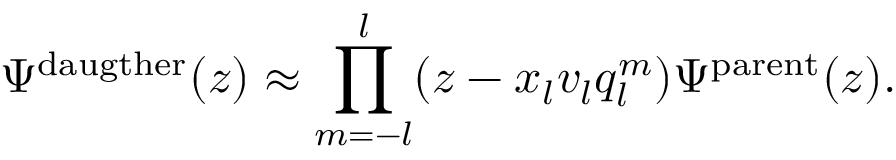
\Psi ^ { \mathrm { d a u g t h e r } } ( z ) \approx \prod _ { m = - l } ^ { l } ( z - x _ { l } v _ { l } q _ { l } ^ { m } ) \Psi ^ { \mathrm { p a r e n t } } ( z ) .